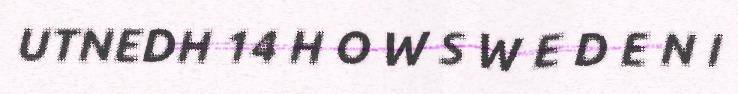
UTNEDH 14 H O W S W E D E N I